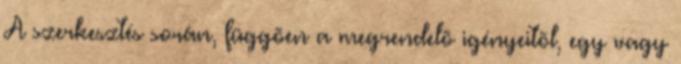
A szerkesztés során, függõen a megrendelõ igényeitõl, egy vagy